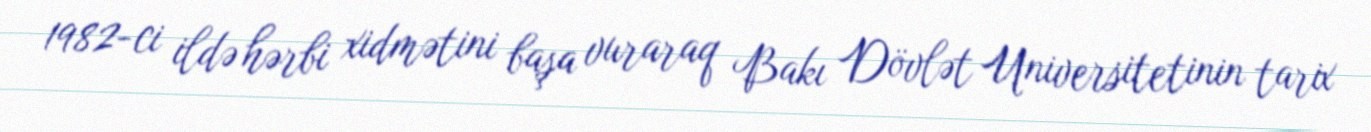
1982-ci ildə hərbi xidmətini başa vuraraq Bakı Dövlət Universitetinin tarix